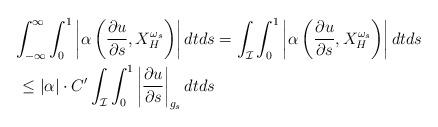
LaTeX: \begin{align*}\int_{-\infty}^{\infty} \int_0^1 \left| \alpha \left(\frac{\partial u}{\partial s}, X^{\omega_s}_H \right)\right| dtds & = \int_{\mathcal I} \int_0^1 \left| \alpha \left(\frac{\partial u}{\partial s}, X^{\omega_s}_H \right)\right| dtds\\\leq |\alpha| \cdot C' \int_{\mathcal I} \int_0^1 \left| \frac{\partial u}{\partial s} \right|_{g_s} dtds\end{align*}